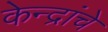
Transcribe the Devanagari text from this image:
केन्द्रांचे